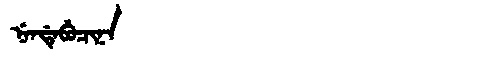
Manchu: ᠨᡝᠨᡩᡝᠪᡠᠴᡳᠨᠠ
Romanization: NENDEBUCINA